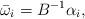
LaTeX: \begin{align*} \bar\omega_i = B^{-1}\alpha_i,\end{align*}